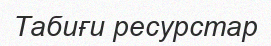
Табиғи ресурстар